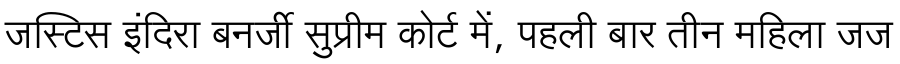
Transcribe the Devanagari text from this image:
जस्टिस इंदिरा बनर्जी सुप्रीम कोर्ट में, पहली बार तीन महिला जज